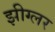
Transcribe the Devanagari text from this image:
झीग्लर